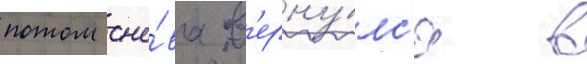
потом сно́ва в'ерну́лс'я в